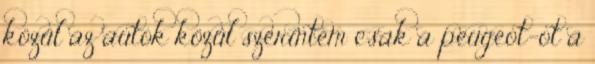
közül az autók közül szerintem csak a peugeot-ot a